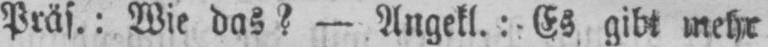
Präs.: Wie das? - Angekl.: Es gibt mehr